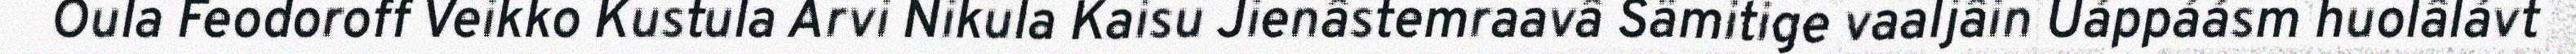
Oula Feodoroff Veikko Kustula Arvi Nikula Kaisu Jienâstemraavâ Sämitige vaaljâin Uáppáásm huolâlávt